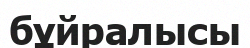
бұйралысы